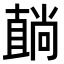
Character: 𥊢